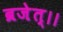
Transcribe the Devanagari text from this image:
ब्रजेत्।।